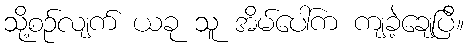
သို့စဉ်လျက် ယခု သူ အိမ်ပေါ်က ကျခဲ့ချေပြီ။